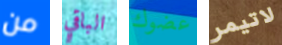
من الباقي عضوك لاتيمر